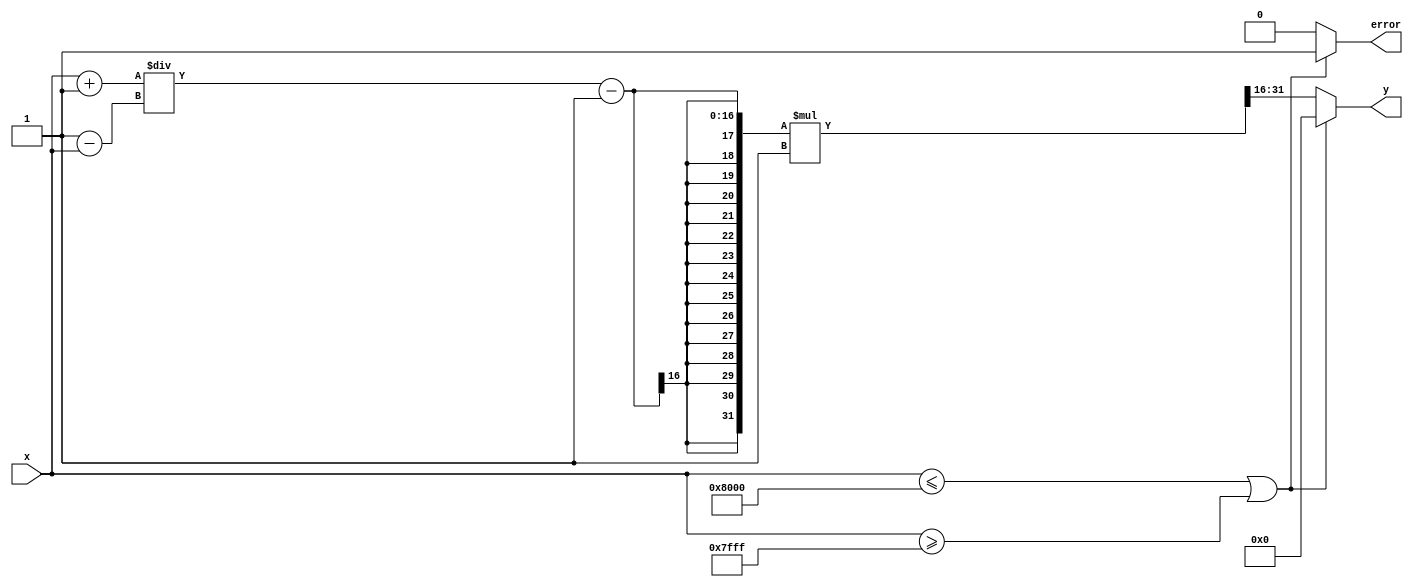
module atanh (
    input wire signed [15:0] x, // Input value in fixed-point representation
    output reg signed [15:0] y,  // Output value in fixed-point representation
    output reg error             // Error flag for out of range inputs
);

    // Internal signals
    wire signed [15:0] one_plus_x;
    wire signed [15:0] one_minus_x;
    wire signed [15:0] z; // z = (1 + x) / (1 - x)
    wire signed [31:0] ln_z; // ln(z) (using a simple approximation)
    
    // Range check
    always @(*) begin
        if (x <= -16'h8000 || x >= 16'h7FFF) begin // Out of range check
            error = 1'b1;
            y = 16'h0000; // Return NaN or predefined value
        end else begin
            error = 1'b0;
            // Compute 1 + x and 1 - x
            one_plus_x = x + 16'h0001; // 1 + x
            one_minus_x = 16'h0001 - x; // 1 - x
            
            // Compute z = (1 + x) / (1 - x)
            z = one_plus_x / one_minus_x; // Division
            
            // Compute ln(z) using a simple approximation
            ln_z = (z - 16'h0001) * 16'h0001; // ln(z) ~ (z - 1) for small z
            
            // Compute y = (1/2) * ln(z)
            y = ln_z[31:16]; // Right shift by 1 for fixed-point division by 2
        end
    end

endmodule